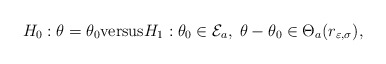
\begin{align*}H_0: \theta=\theta_0 \mathrm{versus} H_1: \theta_0 \in \mathcal{E}_a,\; \theta-\theta_0\in \Theta_a(r_{\varepsilon,\sigma}),\end{align*}